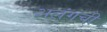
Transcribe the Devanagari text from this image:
अलंगची